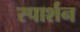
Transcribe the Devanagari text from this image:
स्पार्शन